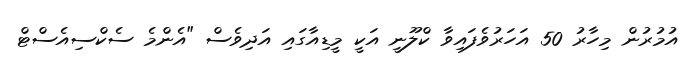
އުމުރުން މިހާރު 50 އަހަރުވެފައިވާ ކްލޫނީ އަކީ މީޑިއާގައި އަދިވެސް "އެންމެ ސެކްސިއެސްޓް